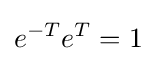
e^{-T}e^{T}=1